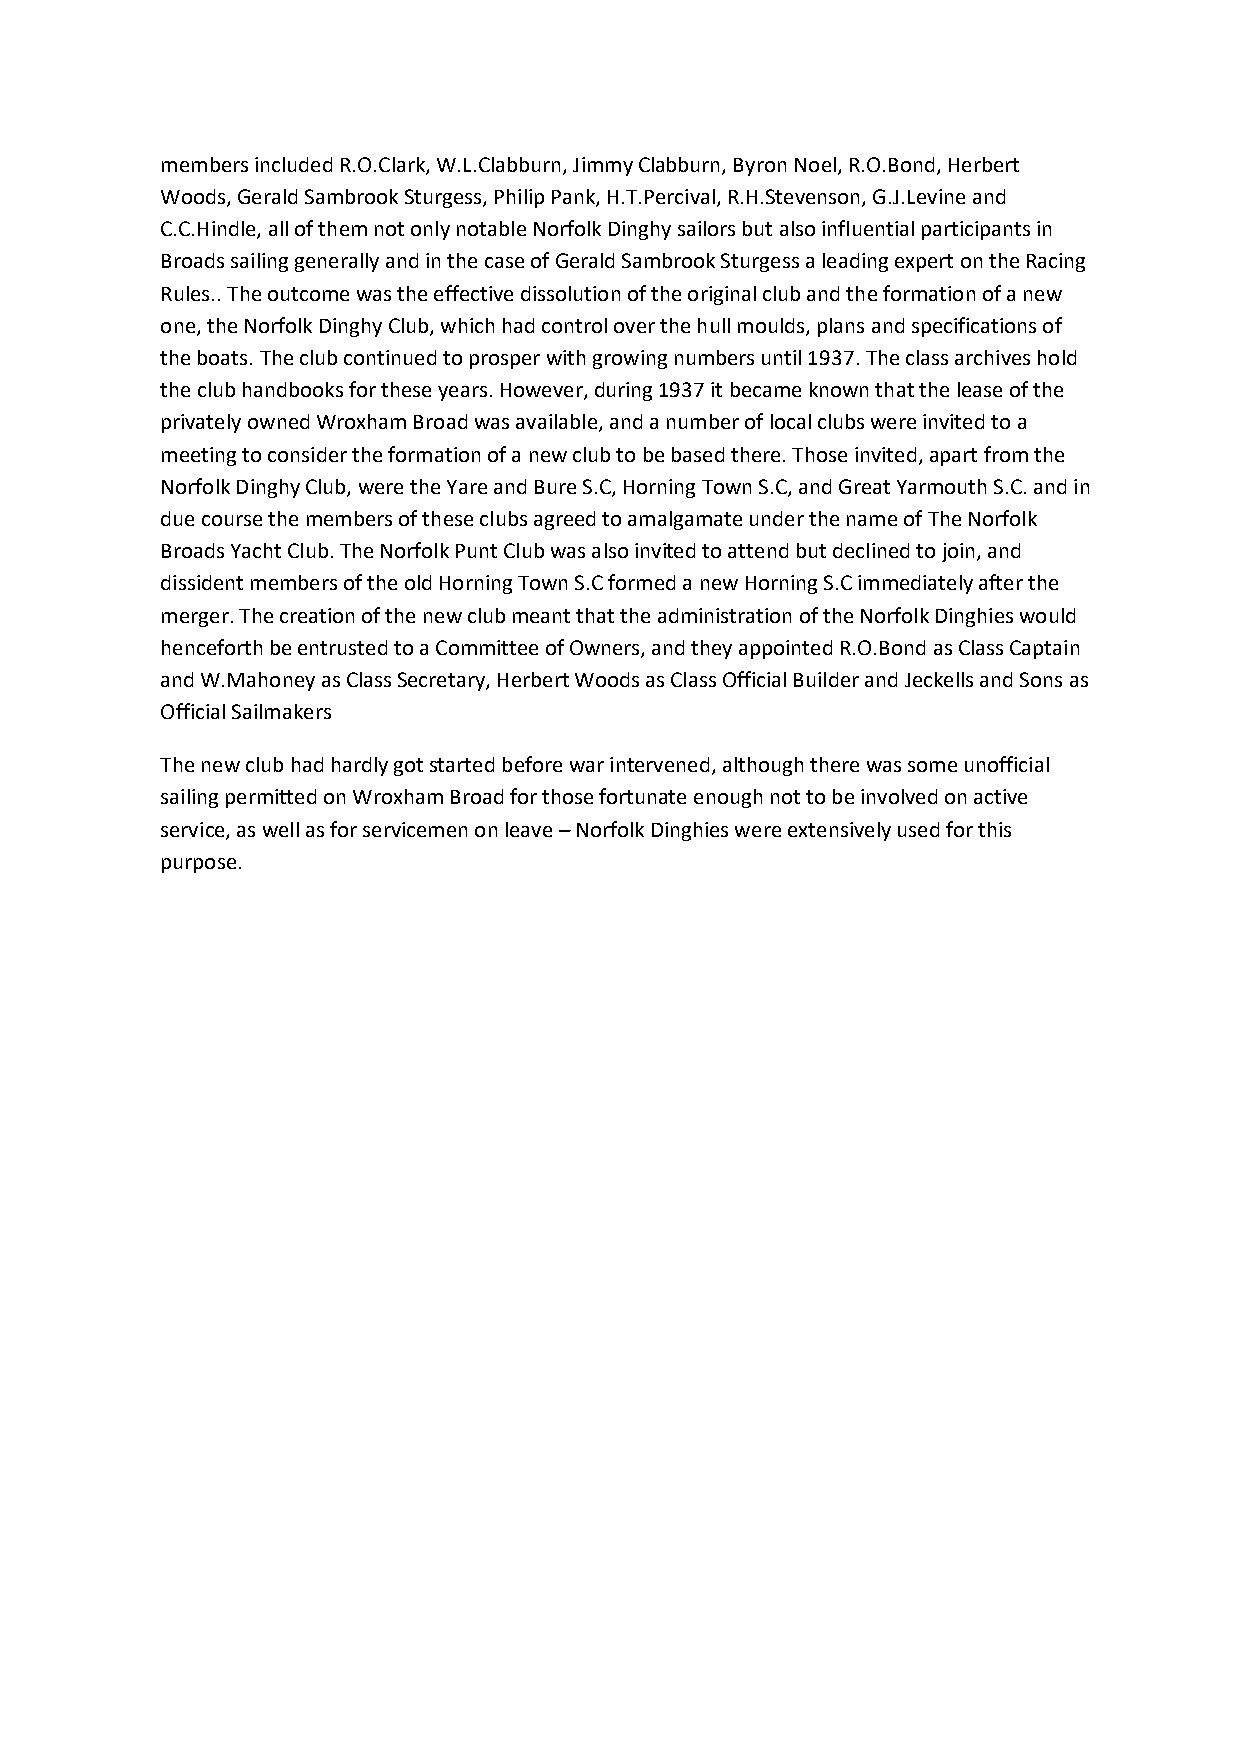
members included R.O.Clark, W.L.Clabburn, Jimmy Clabburn, Byron Noel, R.O.Bond, Herbert
 Woods, Gerald Sambrook Sturgess, Philip Pank, H.T.Percival, R.H.Stevenson, G.J.Levine and
 C.C.Hindle, all of them not only notable Norfolk Dinghy sailors but also influential participants in
 Broads sailing generally and in the case of Gerald Sambrook Sturgess a leading expert on the Racing
 Rules.. The outcome was the effective dissolution of the original club and the formation of a new
 one, the Norfolk Dinghy Club, which had control over the hull moulds, plans and specifications of
 the boats. The club continued to prosper with growing numbers until 1937. The class archives hold
 the club handbooks for these years. However, during 1937 it became known that the lease of the
 privately owned Wroxham Broad was available, and a number of local clubs were invited to a
 meeting to consider the formation of a new club to be based there. Those invited, apart from the
 Norfolk Dinghy Club, were the Yare and Bure S.C, Horning Town S.C, and Great Yarmouth S.C. and in
 due course the members of these clubs agreed to amalgamate under the name of The Norfolk
 Broads Yacht Club. The Norfolk Punt Club was also invited to attend but declined to join, and
 dissident members of the old Horning Town S.C formed a new Horning S.C immediately after the
 merger. The creation of the new club meant that the administration of the Norfolk Dinghies would
 henceforth be entrusted to a Committee of Owners, and they appointed R.O.Bond as Class Captain
 and W.Mahoney as Class Secretary, Herbert Woods as Class Official Builder and Jeckells and Sons as
 Official Sailmakers
 The new club had hardly got started before war intervened, although there was some unofficial
 sailing permitted on Wroxham Broad for those fortunate enough not to be involved on active
 service, as well as for servicemen on leave – Norfolk Dinghies were extensively used for this
 purpose.